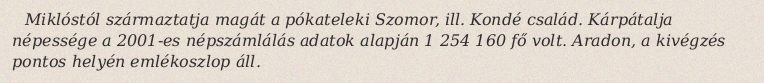
Miklóstól származtatja magát a pókateleki Szomor, ill. Kondé család. Kárpátalja népessége a 2001-es népszámlálás adatok alapján 1 254 160 fő volt. Aradon, a kivégzés pontos helyén emlékoszlop áll.